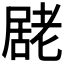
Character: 𭕮